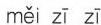
měi zī zī